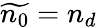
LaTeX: \widetilde{n_{0}}=n_{d}